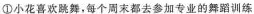
①小花喜欢跳舞，每个周末都去参加专业的舞蹈训练